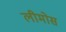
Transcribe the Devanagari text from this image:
लीमोस